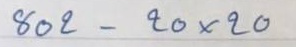
802 - 20 x 20